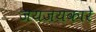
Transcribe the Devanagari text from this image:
जयजयकारे